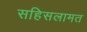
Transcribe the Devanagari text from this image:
सहिसलामत